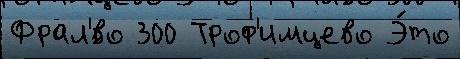
Фрал'́во 300 Троф'имцево Э́то